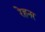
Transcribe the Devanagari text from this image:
रेहनर